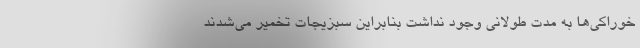
خوراکی‌ها به مدت طولانی وجود نداشت بنابراین سبزیجات تخمیر می‌شدند